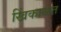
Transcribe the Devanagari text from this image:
खिंकाळत